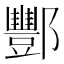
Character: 酆